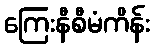
ကြေးနီစီမံကိန်း